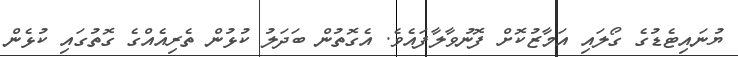
ޔުނައިޓެޑުގެ ގޯލައި އަމާޒުކޮށް ފޮނުވާލާފައެވެ. އެގޮތުން ބަދަލު ކުޅުން ތެރިއެއްގެ ގޮތުގައި ކުޅެން